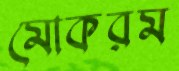
মোকরম